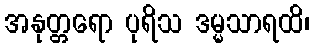
အနုတ္တရော ပုရိသ ဒမ္မသာရထိ၊